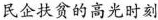
民企扶贫的高光时刻